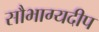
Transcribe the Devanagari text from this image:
सौभाग्यदीप